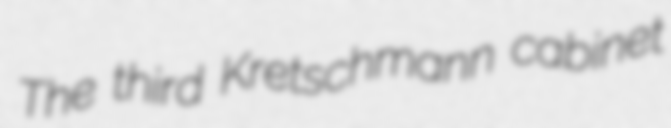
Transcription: The third Kretschmann cabinet